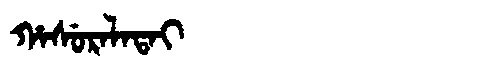
Manchu: ᡥᠠᠰᡠᡵᠠᠯᠠᡨᠠᡳ
Romanization: HASURALATAI